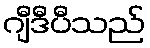
ဂျီဒီပီသည်